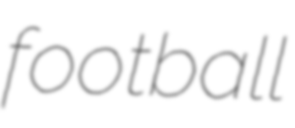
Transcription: football